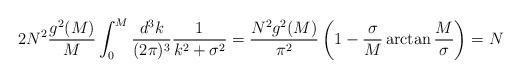
LaTeX: \begin{align*}2N^2{g^2(M)\over M}\int_0^M{d^3k\over (2\pi)^3}{1\over k^2+\sigma^2}={N^{2} g^2(M)\over \pi^2} \left(1 - {\sigma\over M}\arctan{M\over \sigma}\right) = N\end{align*}